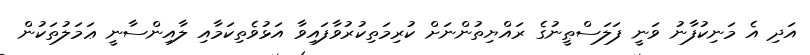
އަދި އެ މަނިކުފާނު ވަނީ ފަލަސްޠީނުގެ ރައްޔިތުންނަށް ކުރިމަތިކުރުވާފައިވާ އަޅުވެތިކަމާއި ލާއިންސާނީ ޢަމަލުތަކުން